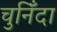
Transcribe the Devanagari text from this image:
चुनिँदा